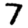
Digit: 7